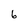
Character: 6